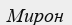
Мирон